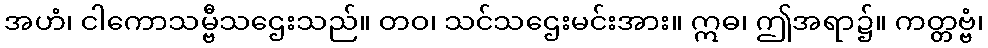
အဟံ၊ ငါကောသမ္ဗီသဌေးသည်။ တဝ၊ သင်သဌေးမင်းအား။ ဣဓ၊ ဤအရာ၌။ ကတ္တဗ္ဗံ၊